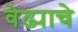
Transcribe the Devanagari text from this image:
वेढ्याचे